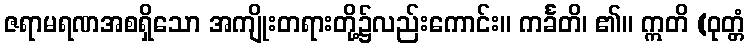
ဇရာမရဏအစရှိသော အကျိုးတရားတို့၌လည်းကောင်း။ ကင်္ခတိ၊ ၏။ ဣတိ (ဝုတ္တံ